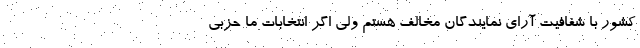
کشور با شفافیت آرای نمایندگان مخالف هستم ولی اگر انتخابات ما حزبی